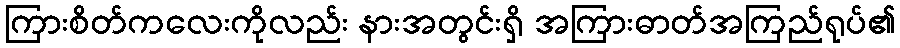
ကြားစိတ်ကလေးကိုလည်း နားအတွင်းရှိ အကြားဓာတ်အကြည်ရုပ်၏